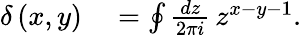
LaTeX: \begin{array}{rl}{\delta\left(x,y\right)}&{{}=\oint\frac{dz}{2\pi i}\, z^{x-y-1}.}\end{array}